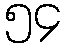
၅၄